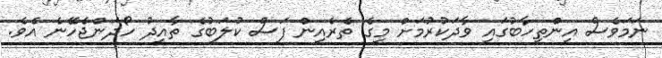
ނަމަވެސް އިންތިހާބުގައި ވާދަކުރުމަށް މީގެ ތެރެއިން ފަސް ކުލަބުގެ ތާއީދު ހޯދަންޖެހޭނެ އެވެ.